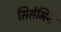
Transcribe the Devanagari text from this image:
सिसेमिन